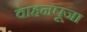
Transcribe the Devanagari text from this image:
वाहनपूजा